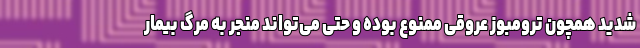
شدید همچون ترومبوز عروقی ممنوع بوده و حتی می‌تواند منجر به مرگ بیمار